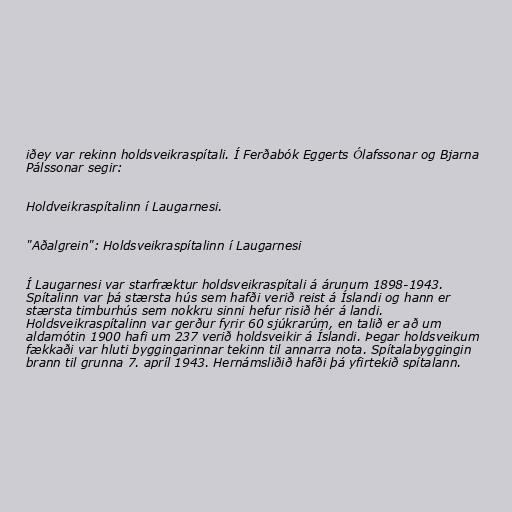
iðey var rekinn holdsveikraspítali. Í Ferðabók Eggerts Ólafssonar og Bjarna
Pálssonar segir:

Holdveikraspítalinn í Laugarnesi.

"Aðalgrein": Holdsveikraspítalinn í Laugarnesi

Í Laugarnesi var starfræktur holdsveikraspítali á árunum 1898-1943.
Spítalinn var þá stærsta hús sem hafði verið reist á Íslandi­ og hann er
stærsta timburhús sem nokkru sinni hefur risið hér á landi.
Holdsveikraspítalinn var gerður fyrir 60 sjúkrarúm, en talið er að um
aldamótin 1900 hafi um 237 verið holdsveikir á Íslandi. Þegar holdsveikum
fækkaði var hluti byggingarinnar tekinn til annarra nota. Spítalabyggingin
brann til grunna 7. apríl 1943. Hernámsliðið hafði þá yfirtekið spítalann.